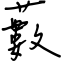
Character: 藪